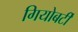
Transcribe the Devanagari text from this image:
गियोबर्टी